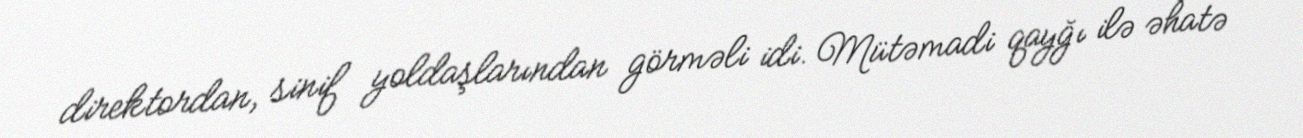
direktordan, sinif yoldaşlarından görməli idi. Mütəmadi qayğı ilə əhatə